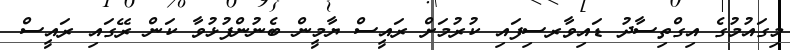
މިގައުމުގެ އިގްތިސާދު ޑައިވާރސިފައި ކުރުމަށް ރައީސް ޔާމީން ބެނުންފުޅުވާ ކަން ރޭގައި ރައީސް